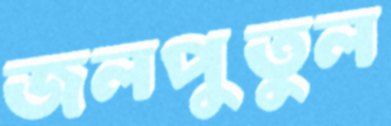
জলপুতুল